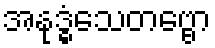
အနုဒ္ဓံသေတဗ္ဗော